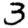
Digit: 3